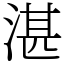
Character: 湛